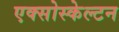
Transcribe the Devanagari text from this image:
एक्सोस्केल्टन